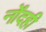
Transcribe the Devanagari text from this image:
नोंदही